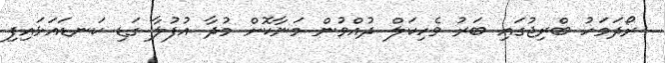
ރޯދަމަހު ބްރިޖުގައި ބަރު ވެހިކަލް ދުއްވުން މަނާކޮށް މުދާ އުފުލާ ގަޑި ކަނޑައަޅައިފި